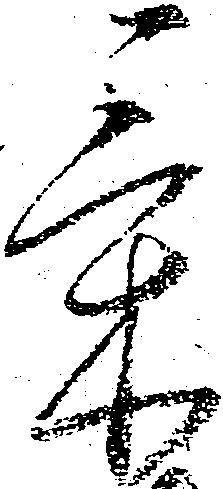
気